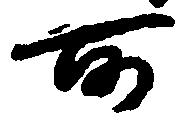
所